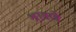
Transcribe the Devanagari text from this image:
श्रावणे